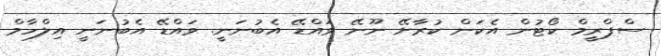
ސްޕްރީމް ކޯޓުން އެކަން ކުރާށޭ ނޫނޭ ވައްޑޭ އެބުނަނީ. ވައްޑޭ އެބުނަނީ އިލްހާމް